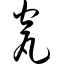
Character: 瓮